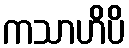
ကသာဟိပိ